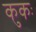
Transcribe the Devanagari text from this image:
कुकः